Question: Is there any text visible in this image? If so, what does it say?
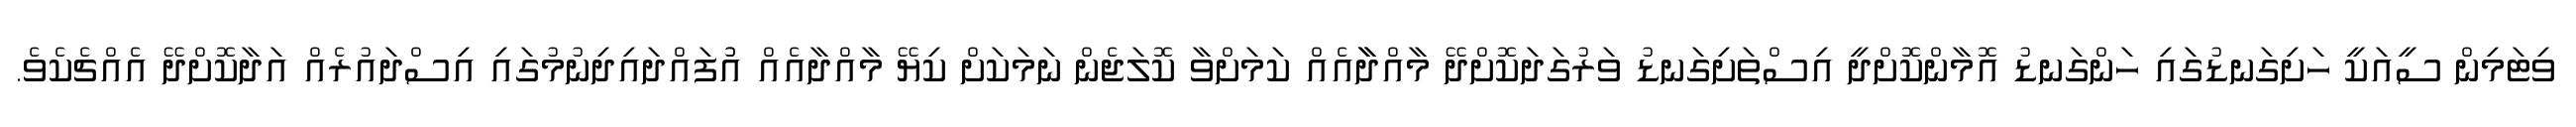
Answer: ވިޓަމިން ސީއަކީ ހަށިގަނޑުގައި ހަންގަނޑު އޮމާންކޮށްދީ އިސްތަށިގަނޑު ވަރުގަދަކޮށްދޭ މާއްދާާއެއް ކަމަށްވާ ކޮލަޖެން ނަމަކަށް ކިޔޭ މާއްދާއެއް އުުފައްދައިދިނުމުގައި އިސްދައުރެއް އަދާކޮށްދޭ އެއްޗެކެވެ.